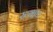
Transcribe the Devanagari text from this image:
ख्वाप